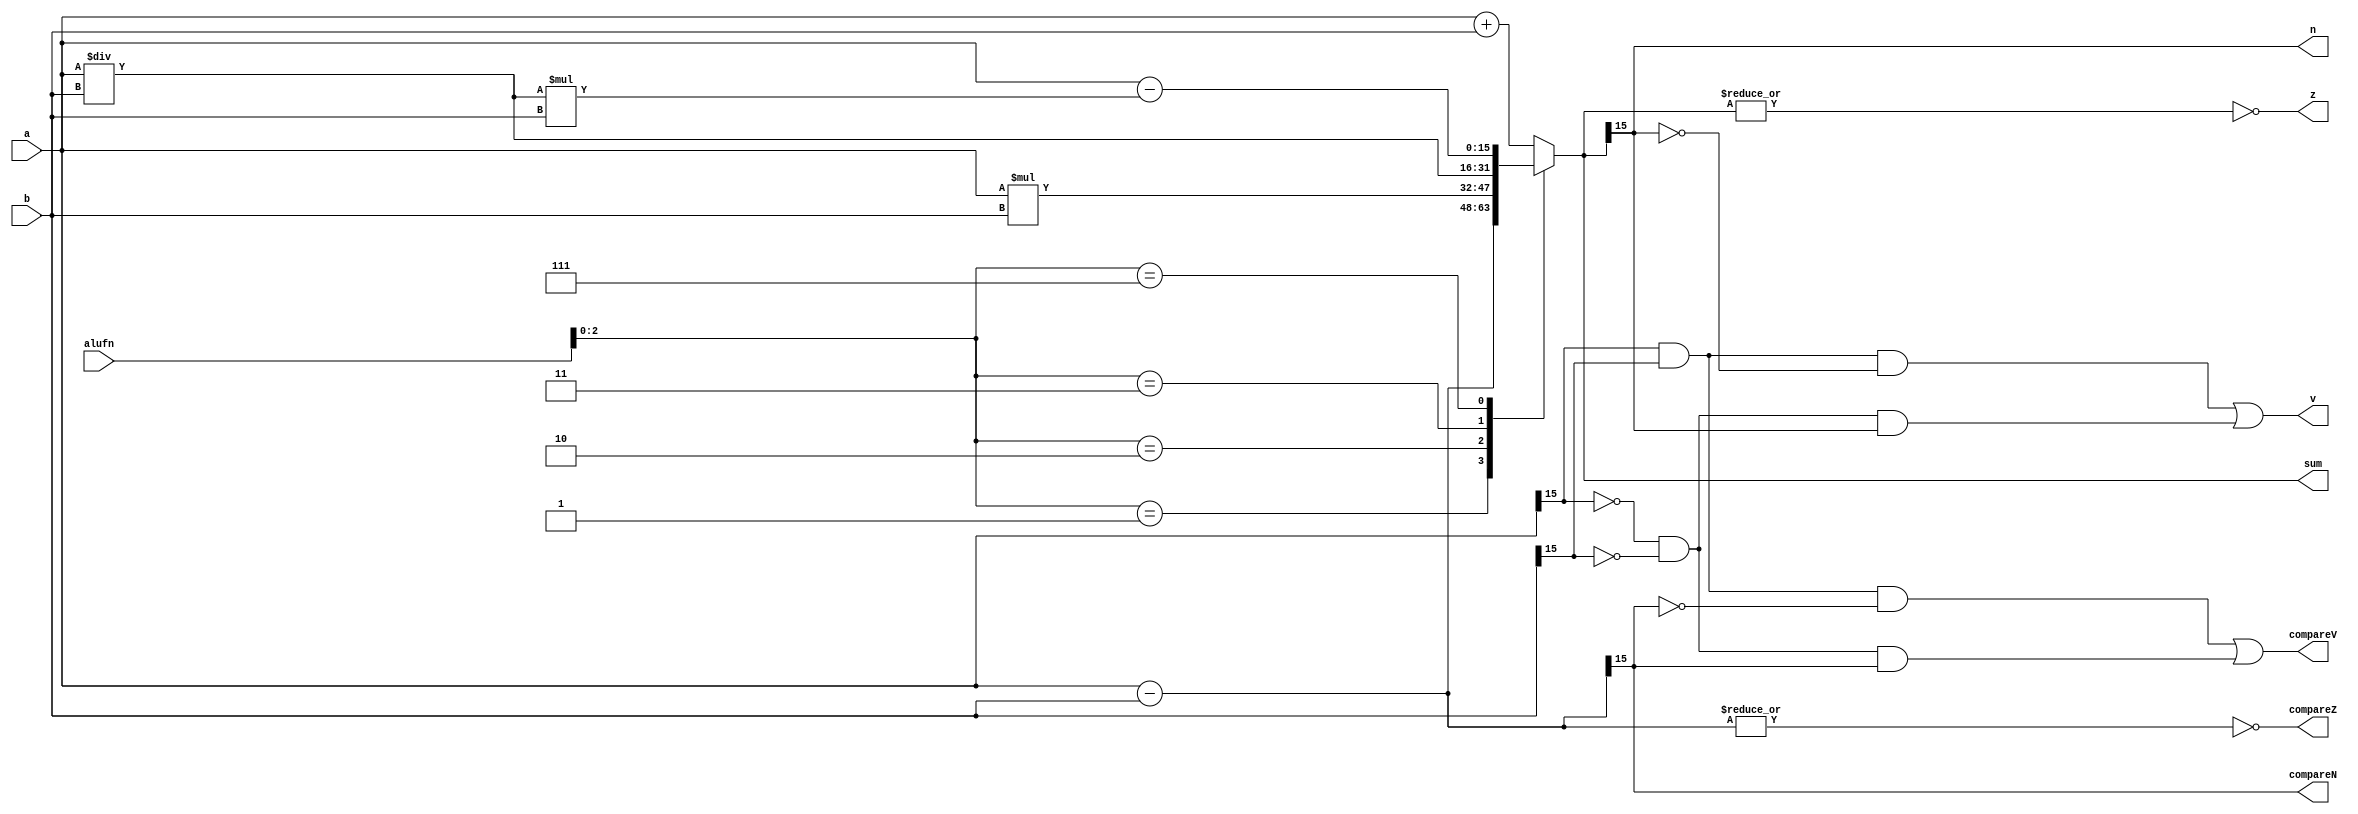
/*
   This file was generated automatically by the Mojo IDE version B1.3.6.
   Do not edit this file directly. Instead edit the original Lucid source.
   This is a temporary file and any changes made to it will be destroyed.
*/

module adder_9 (
    input [15:0] a,
    input [15:0] b,
    input [5:0] alufn,
    output reg [15:0] sum,
    output reg z,
    output reg v,
    output reg n,
    output reg compareZ,
    output reg compareV,
    output reg compareN
  );
  
  
  
  reg [15:0] temporary;
  
  reg [15:0] compare;
  
  always @* begin
    
    case (alufn[0+2-:3])
      3'h0: begin
        temporary = a + b;
      end
      3'h1: begin
        temporary = a - b;
      end
      3'h2: begin
        temporary = a * b;
      end
      3'h3: begin
        temporary = a / b;
      end
      3'h7: begin
        temporary = a - (a / b * b);
      end
      default: begin
        temporary = a + b;
      end
    endcase
    compare = a - b;
    v = (a[15+0-:1] & b[15+0-:1] & (~temporary[15+0-:1])) | ((~a[15+0-:1]) & (~b[15+0-:1]) & temporary[15+0-:1]);
    n = temporary[15+0-:1];
    z = (~|temporary);
    sum = temporary;
    compareZ = (~|compare);
    compareV = (a[15+0-:1] & b[15+0-:1] & (~compare[15+0-:1])) | ((~a[15+0-:1]) & (~b[15+0-:1]) & compare[15+0-:1]);
    compareN = compare[15+0-:1];
  end
endmodule